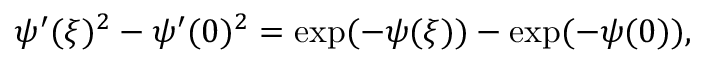
\psi ^ { \prime } ( \xi ) ^ { 2 } - \psi ^ { \prime } ( 0 ) ^ { 2 } = \exp ( - \psi ( \xi ) ) - \exp ( - \psi ( 0 ) ) ,